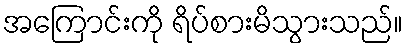
အကြောင်းကို ရိပ်စားမိသွားသည်။